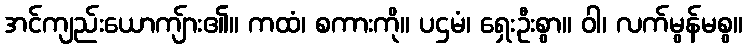
အင်ကျည်းယောကျ်ား၏။ ကထံ၊ စကားကို။ ပဌမံ၊ ရှေးဦးစွာ။ ဝါ၊ လက်မွန်မစွ။